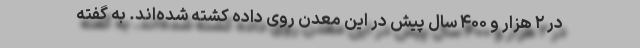
در ۲ هزار و ۴۰۰ سال پیش در این معدن روی داده کشته شد‌ه‌اند. به گفته